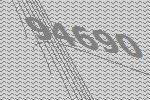
94690